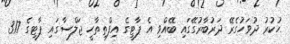
ހުކުރު ދުވަހުގެރޭ ދަރުބާރުގޭގައި ބޭއްވި އެ ޕާޓީގެ އިފްތިތާހީ ޖަލްސާގައި ޕާޓީގެ 317